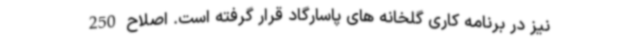
نیز در برنامه کاری گلخانه های پاسارگاد قرار گرفته است. اصلاح 250